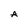
Character: A